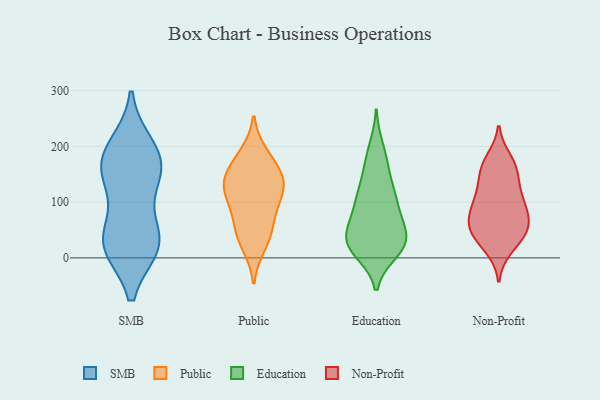
{"axis": {"x": "LTV (USD)", "y": "Value"}, "legend": ["Education", "Non-Profit", "Public", "SMB"], "data": [{"x": "", "y": 28, "type": "SMB"}, {"x": "", "y": 200, "type": "SMB"}, {"x": "", "y": 170, "type": "SMB"}, {"x": "", "y": 40, "type": "SMB"}, {"x": "", "y": 141, "type": "SMB"}, {"x": "", "y": 25, "type": "SMB"}, {"x": "", "y": 186, "type": "SMB"}, {"x": "", "y": 22, "type": "SMB"}, {"x": "", "y": 23, "type": "SMB"}, {"x": "", "y": 136, "type": "SMB"}, {"x": "", "y": 168, "type": "SMB"}, {"x": "", "y": 175, "type": "Public"}, {"x": "", "y": 118, "type": "Public"}, {"x": "", "y": 45, "type": "Public"}, {"x": "", "y": 47, "type": "Public"}, {"x": "", "y": 148, "type": "Public"}, {"x": "", "y": 186, "type": "Public"}, {"x": "", "y": 22, "type": "Public"}, {"x": "", "y": 134, "type": "Public"}, {"x": "", "y": 137, "type": "Public"}, {"x": "", "y": 95, "type": "Public"}, {"x": "", "y": 131, "type": "Public"}, {"x": "", "y": 83, "type": "Public"}, {"x": "", "y": 198, "type": "Education"}, {"x": "", "y": 181, "type": "Education"}, {"x": "", "y": 106, "type": "Education"}, {"x": "", "y": 13, "type": "Education"}, {"x": "", "y": 107, "type": "Education"}, {"x": "", "y": 158, "type": "Education"}, {"x": "", "y": 39, "type": "Education"}, {"x": "", "y": 62, "type": "Education"}, {"x": "", "y": 109, "type": "Education"}, {"x": "", "y": 26, "type": "Education"}, {"x": "", "y": 104, "type": "Education"}, {"x": "", "y": 63, "type": "Education"}, {"x": "", "y": 26, "type": "Education"}, {"x": "", "y": 40, "type": "Education"}, {"x": "", "y": 78, "type": "Education"}, {"x": "", "y": 143, "type": "Education"}, {"x": "", "y": 11, "type": "Education"}, {"x": "", "y": 36, "type": "Education"}, {"x": "", "y": 20, "type": "Education"}, {"x": "", "y": 21, "type": "Education"}, {"x": "", "y": 62, "type": "Non-Profit"}, {"x": "", "y": 160, "type": "Non-Profit"}, {"x": "", "y": 18, "type": "Non-Profit"}, {"x": "", "y": 125, "type": "Non-Profit"}, {"x": "", "y": 95, "type": "Non-Profit"}, {"x": "", "y": 45, "type": "Non-Profit"}, {"x": "", "y": 41, "type": "Non-Profit"}, {"x": "", "y": 162, "type": "Non-Profit"}, {"x": "", "y": 88, "type": "Non-Profit"}, {"x": "", "y": 158, "type": "Non-Profit"}, {"x": "", "y": 114, "type": "Non-Profit"}, {"x": "", "y": 57, "type": "Non-Profit"}, {"x": "", "y": 66, "type": "Non-Profit"}, {"x": "", "y": 30, "type": "Non-Profit"}, {"x": "", "y": 67, "type": "Non-Profit"}, {"x": "", "y": 176, "type": "Non-Profit"}, {"x": "", "y": 105, "type": "Non-Profit"}]}